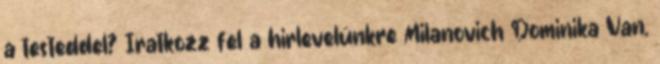
a testeddel? Iratkozz fel a hirlevelünkre Milanovich Dominika Van,